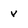
Character: v